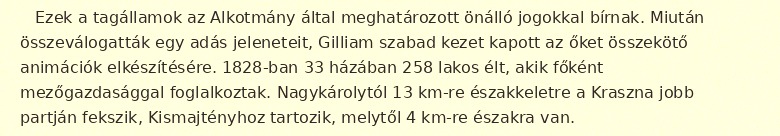
Ezek a tagállamok az Alkotmány által meghatározott önálló jogokkal bírnak. Miután összeválogatták egy adás jeleneteit, Gilliam szabad kezet kapott az őket összekötő animációk elkészítésére. 1828-ban 33 házában 258 lakos élt, akik főként mezőgazdasággal foglalkoztak. Nagykárolytól 13 km-re északkeletre a Kraszna jobb partján fekszik, Kismajtényhoz tartozik, melytől 4 km-re északra van.